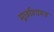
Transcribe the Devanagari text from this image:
मूर्छाशास्त्र